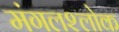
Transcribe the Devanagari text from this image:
मंगलश्लोक